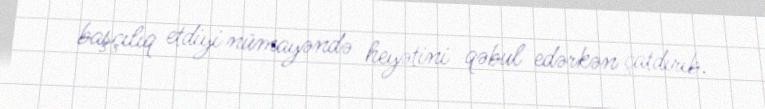
başçılıq etdiyi nümayəndə heyətini qəbul edərkən çatdırıb.